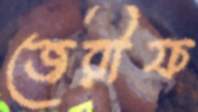
জেরীফ